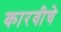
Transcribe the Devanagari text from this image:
कारवीचे